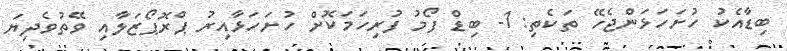
ބިޑާއެކު ހުށަހަޅަންޖެހޭ ތަކެތި: 1- ބިޑް ފޯމު ފުރިހަމަކޮށް ހުށަހަޅާއިރު ޕްރޮޕޯޒަލާއި ވޭތުވެދިޔަ